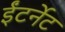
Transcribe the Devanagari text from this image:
ईंटर्नेट